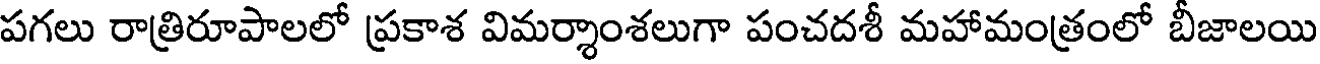
పగలు రాత్రిరూపాలలో ప్రకాశ విమర్శాంశలుగా పంచదశీ మహామంత్రంలో బీజాలయి